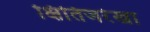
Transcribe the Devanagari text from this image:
क्षितिजरेखा